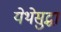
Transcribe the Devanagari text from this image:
येथेसुद्धा